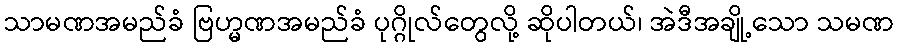
သာမဏအမည်ခံ ဗြဟ္မဏအမည်ခံ ပုဂ္ဂိုလ်တွေလို့ ဆိုပါတယ်၊ အဲဒီအချို့သော သမဏ